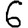
Digit: 6